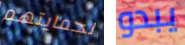
لحمايتهم يبدو